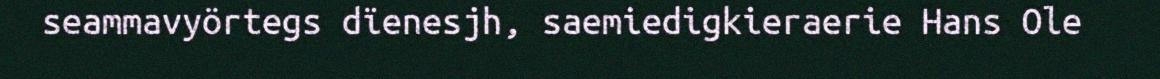
seammavyörtegs dïenesjh, saemiedigkieraerie Hans Ole